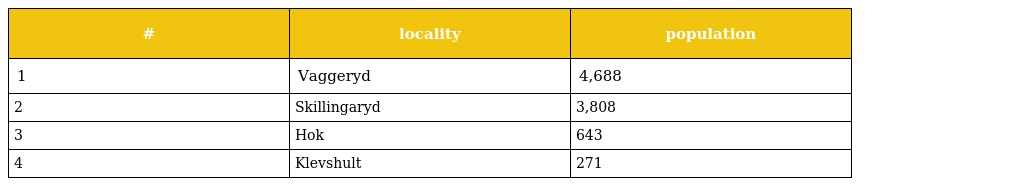
| # | locality | population |
 | --- | --- | --- |
 | 1 | Vaggeryd | 4,688 |
 | 2 | Skillingaryd | 3,808 |
 | 3 | Hok | 643 |
 | 4 | Klevshult | 271 |